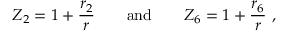
Z _ { 2 } = 1 + \frac { r _ { 2 } } { r } \qquad \mathrm { a n d } \qquad Z _ { 6 } = 1 + \frac { r _ { 6 } } { r } \ ,